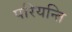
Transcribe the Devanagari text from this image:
परियन्ति